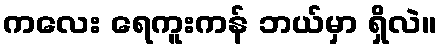
ကလေး ရေကူးကန် ဘယ်မှာ ရှိလဲ။